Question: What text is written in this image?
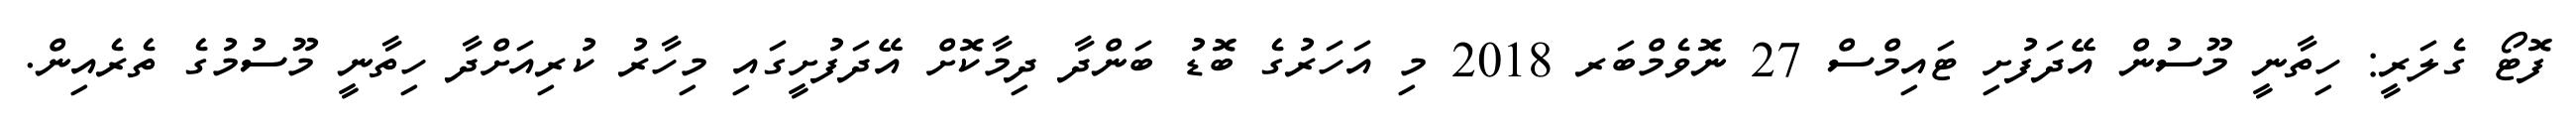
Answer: ފޮޓޯ ގެލަރީ: ހިތާނީ މޫސުން އޭދަފުށި ޓައިމްސް 27 ނޮވެމްބަރ 2018 މި އަހަރުގެ ބޮޑު ބަންދާ ދިމާކޮށް އޭދަފުށީގައި މިހާރު ކުރިއަށްދާ ހިތާނީ މޫސުމުގެ ތެރެއިން.